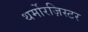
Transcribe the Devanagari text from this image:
थर्मोरज़िस्टर